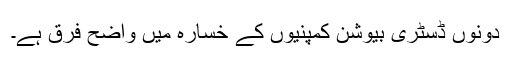
دونوں ڈسٹری بیوشن کمپنیوں کے خسارہ میں واضح فرق ہے۔